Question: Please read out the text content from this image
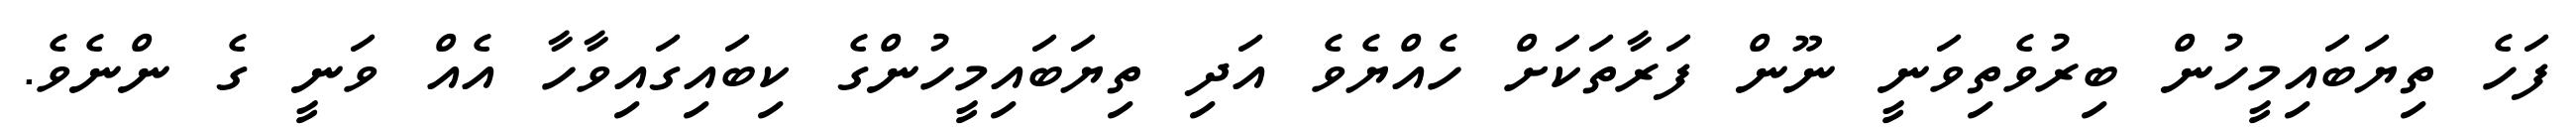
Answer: ފަހެ ތިޔަބައިމީހުން ބިރުވެތިވަނީ ނޫން ފަރާތަކަށް ހެއްޔެވެ އަދި ތިޔަބައިމީހުންގެ ކިބައިގައިވާހާ އެއް ވަނީ ގެ ންނެވެ.